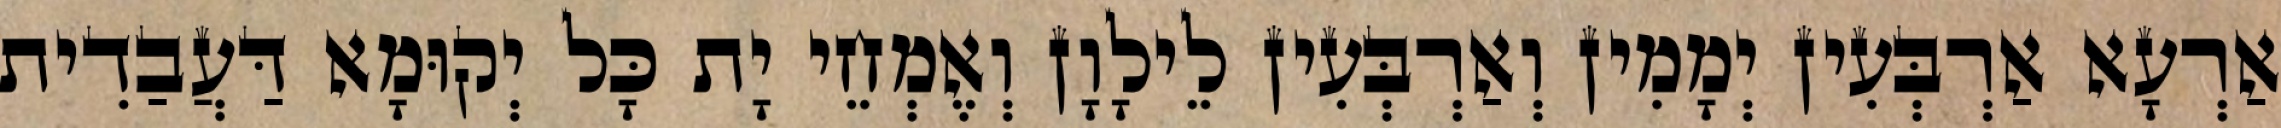
אַרְעָא אַרְבְּעִין יְמָמִין וְאַרְבְּעִין לֵילָוָן וְאֶמְחֵי יָת כָּל יְקוּמָא דַּעֲבַדִית